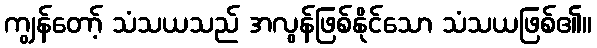
ကျွန်တော့် သံသယသည် အလွန်ဖြစ်နိုင်သော သံသယဖြစ်၏။